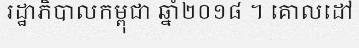
រដ្ឋាភិបាលកម្ពុជា ឆ្នាំ២០១៨ ។ គោលដៅ